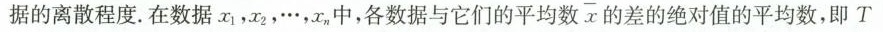
据的离散程度。在数据x_{1}，x_{2}，\ldots，x_{n}，中，各数据与它们的平均数 \overline {x}的差的绝对值的平均数，即$$T